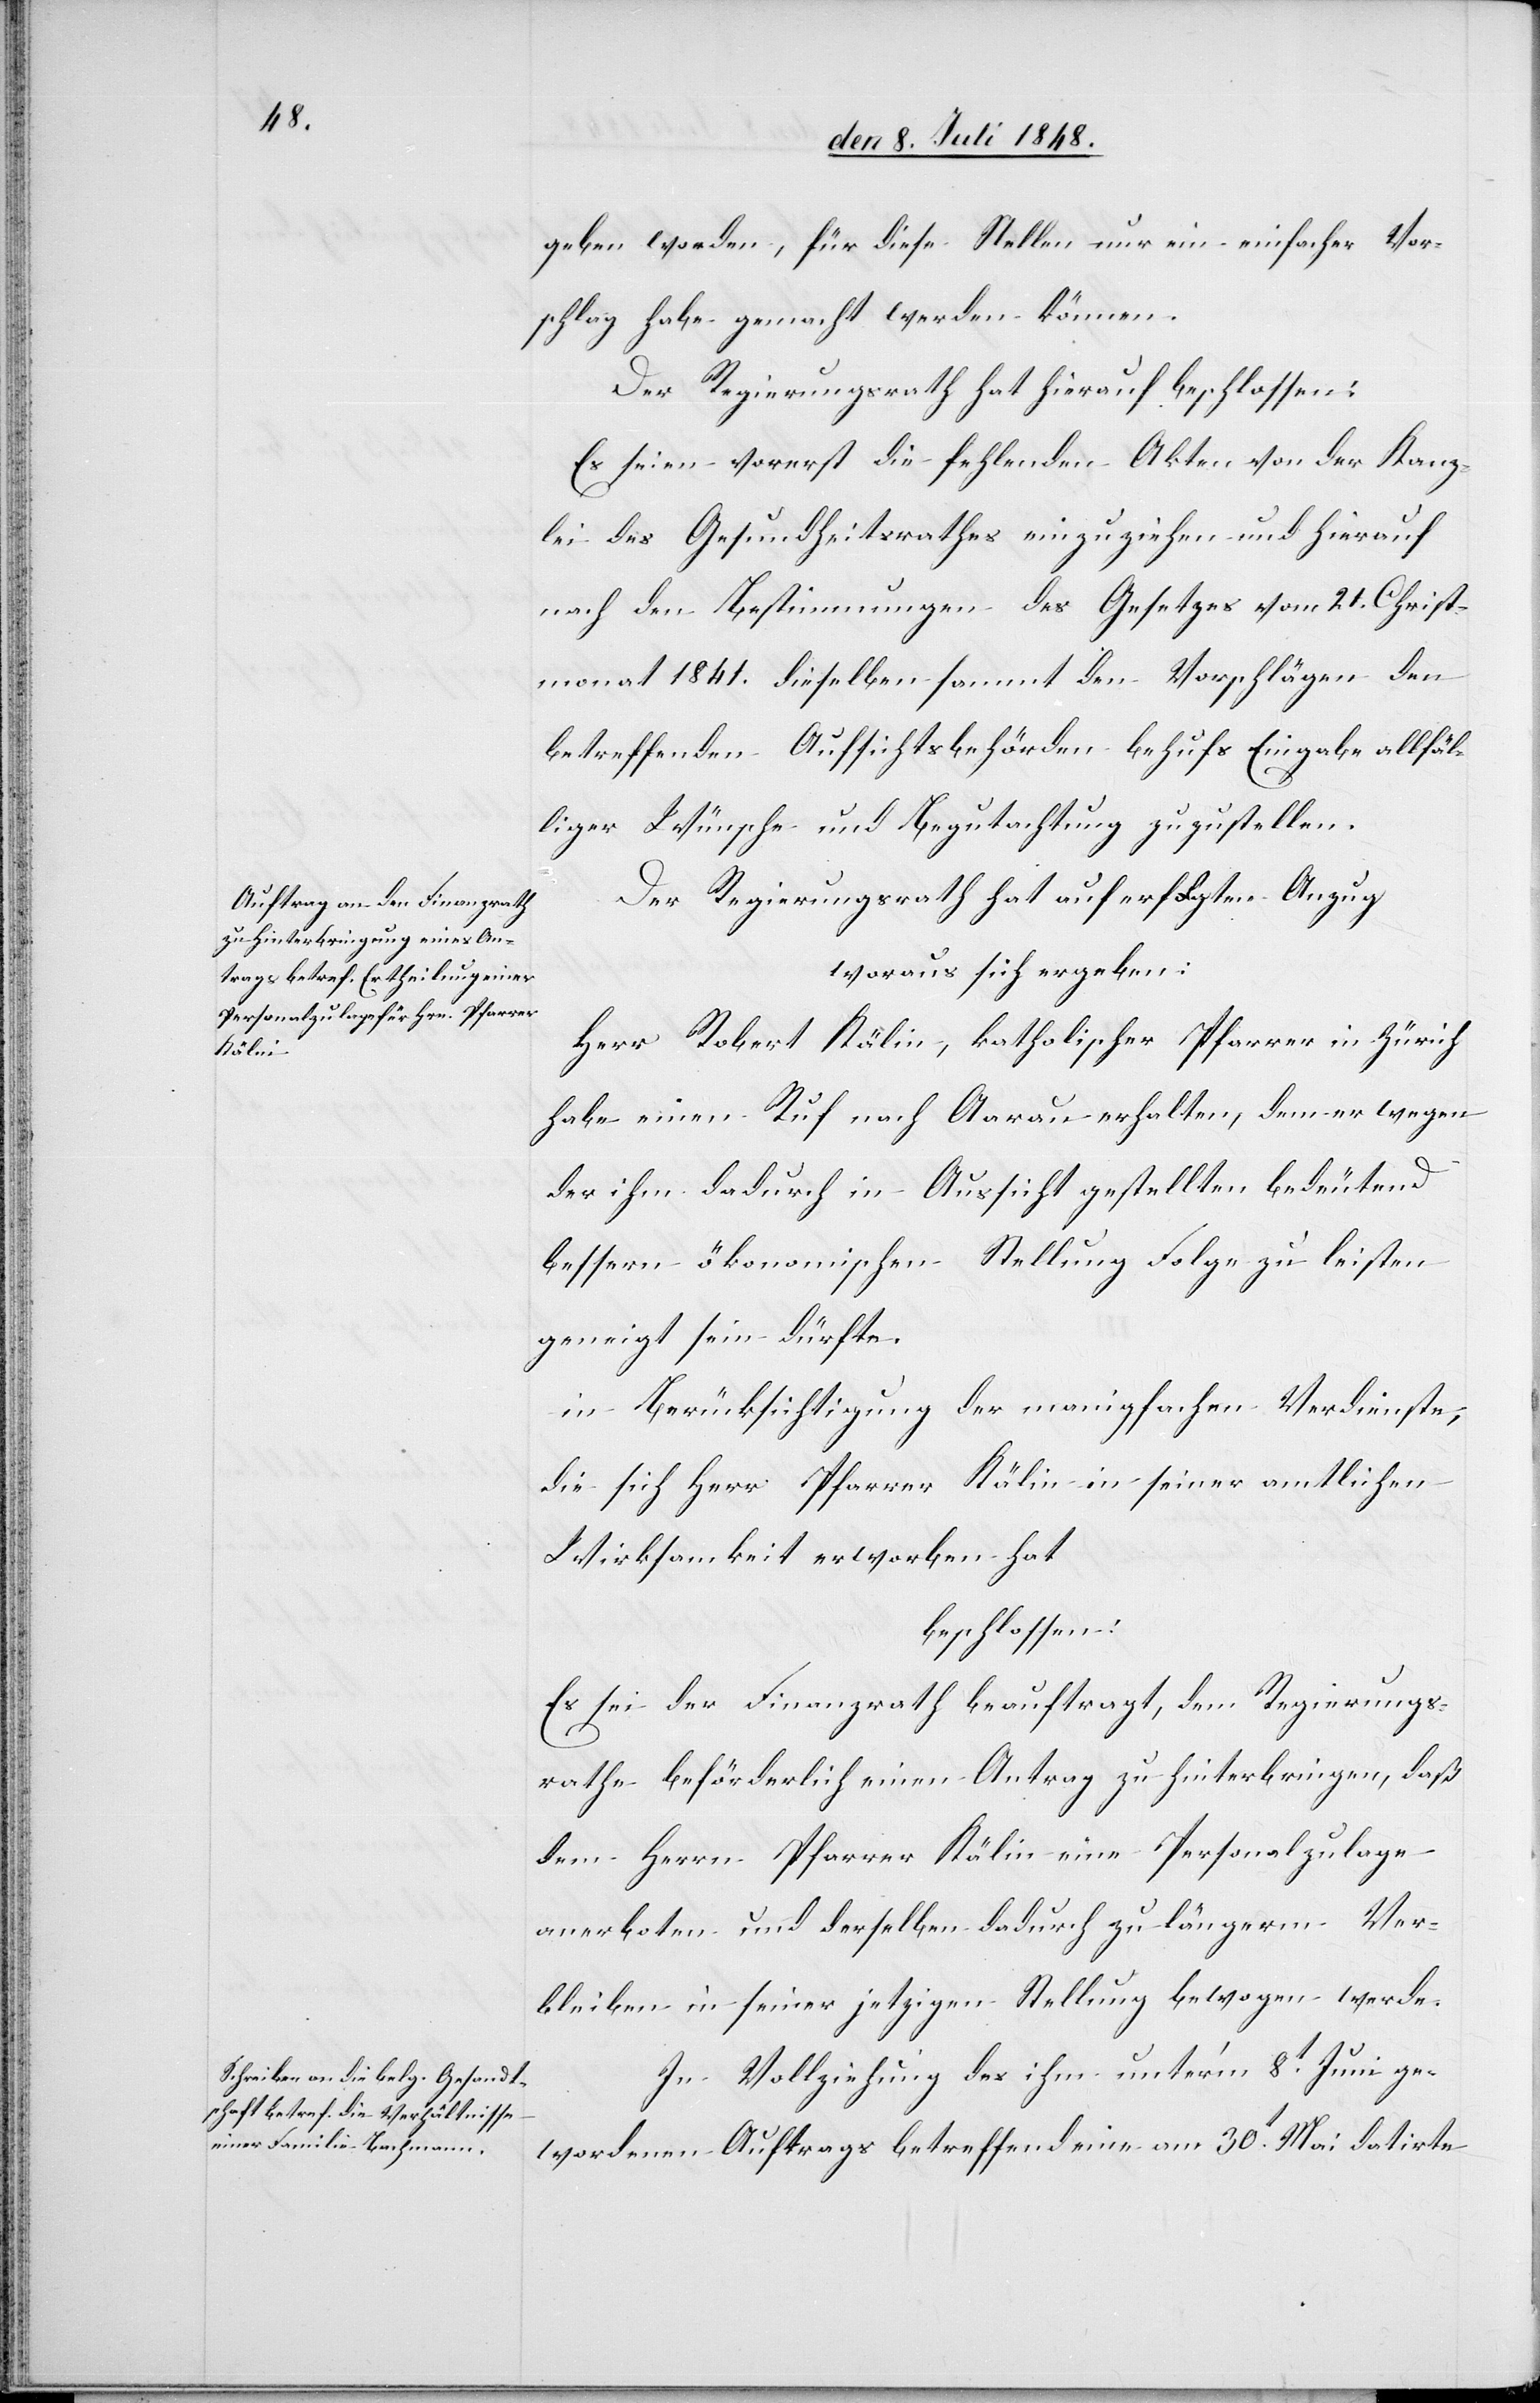
geben worden, für diese Stellen nur ein einfacher Vor¬
schlag habe gemacht werden können.
Der Regierungsrath hat hierauf beschlossen:
Es seien vorerst die fehlenden Akten von der Kanz¬
lei des Gesundheitsrathes einzuziehen und hierauf
nach den Bestimmungen des Gesetzes vom 21 Christ¬
monat 1841. dieselben sammt den Vorschlägen den
betreffenden Aufsichtsbehörden behufs Eingabe allfäl¬
liger Wünsche und Begutachtung zuzustellen.
Der Regierungsrath hat auf erfolgten Anzug
woraus sich ergeben
Herr Robert Kälin, katholischer Pfarrer in Zürich
habe einen Ruf nach Aarau erhalten, dem er wegen
der ihm dadurch in Aussicht gestellten bedeutend
bessern ökonomischen Stellung Folge zu leisten
geneigt sein dürfte.
in Berücksichtigung der mangifachen Verdienste,
die sich Herr Pfarrer Kälin in seiner amtlichen
Wirksamkeit erworben hat
beschlossen:
Es sei der Finanzrath beauftragt, dem Regierungs¬
rathe beförderlich einen Antrag zu hinterbringen, daß
dem Herrn Pfarrer Kälin eine Personalzulage
anerboten und derselben dadurch zu längerm Ver¬
bleiben in seiner jetzigen Stellung bewogen werde.
In Vollziehung des ihm unter’m 8t Juni ge¬
wordenen Auftrags betreffend eine am 30t Mai datirte